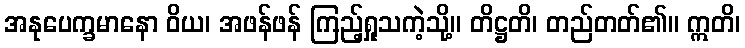
အနုပေက္ခမာနော ဝိယ၊ အဖန်ဖန် ကြည့်ရှုသကဲ့သို့။ တိဋ္ဌတိ၊ တည်တတ်၏။ ဣတိ၊